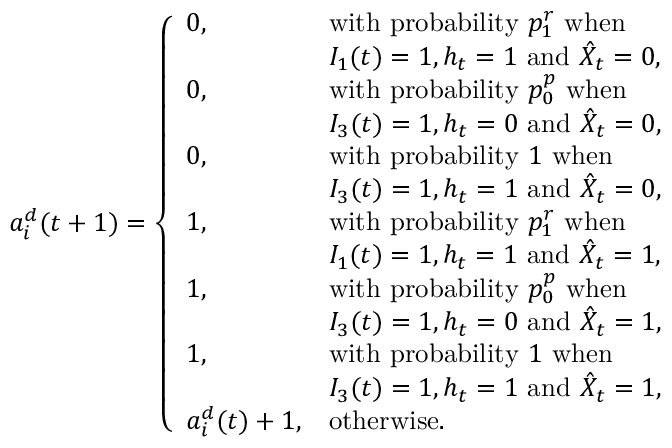
a _ { i } ^ { d } ( t + 1 ) = \left\{ \begin{array} { l l } { 0 , } & { \mathrm { w i t h ~ p r o b a b i l i t y ~ } p _ { 1 } ^ { r } \mathrm { ~ w h e n } } \\ & { I _ { 1 } ( t ) = 1 , h _ { t } = 1 \mathrm { ~ a n d ~ } \hat { X } _ { t } = 0 , } \\ { 0 , } & { \mathrm { w i t h ~ p r o b a b i l i t y ~ } p _ { 0 } ^ { p } \mathrm { ~ w h e n ~ } } \\ & { I _ { 3 } ( t ) = 1 , h _ { t } = 0 \mathrm { ~ a n d ~ } \hat { X } _ { t } = 0 , } \\ { 0 , } & { \mathrm { w i t h ~ p r o b a b i l i t y ~ } 1 \mathrm { ~ w h e n ~ } } \\ & { I _ { 3 } ( t ) = 1 , h _ { t } = 1 \mathrm { ~ a n d ~ } \hat { X } _ { t } = 0 , } \\ { 1 , } & { \mathrm { w i t h ~ p r o b a b i l i t y ~ } p _ { 1 } ^ { r } \mathrm { ~ w h e n ~ } } \\ & { I _ { 1 } ( t ) = 1 , h _ { t } = 1 \mathrm { ~ a n d ~ } \hat { X } _ { t } = 1 , } \\ { 1 , } & { \mathrm { w i t h ~ p r o b a b i l i t y ~ } p _ { 0 } ^ { p } \mathrm { ~ w h e n ~ } } \\ & { I _ { 3 } ( t ) = 1 , h _ { t } = 0 \mathrm { ~ a n d ~ } \hat { X } _ { t } = 1 , } \\ { 1 , } & { \mathrm { w i t h ~ p r o b a b i l i t y ~ } 1 \mathrm { ~ w h e n ~ } } \\ & { I _ { 3 } ( t ) = 1 , h _ { t } = 1 \mathrm { ~ a n d ~ } \hat { X } _ { t } = 1 , } \\ { a _ { i } ^ { d } ( t ) + 1 , } & { \mathrm { o t h e r w i s e } . } \end{array} \right.